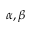
\alpha , \beta